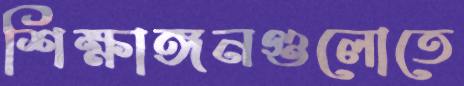
শিক্ষাঙ্গনগুলোতে